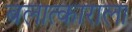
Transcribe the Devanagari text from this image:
बलात्‍काराला